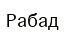
Рабад